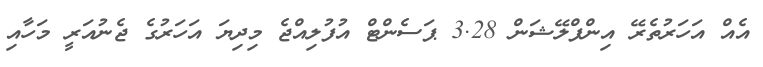
އެއް އަހަރުތެރޭ އިންފްލޭޝަން 3.28 ޕަސެންޓް އުފުލިއްޖެ މިދިޔަ އަހަރުގެ ޖެނުއަރީ މަހާއި